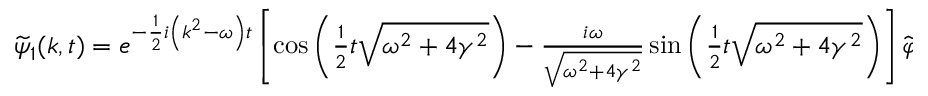
\begin{array} { r } { \widetilde { \psi } _ { 1 } ( k , t ) = e ^ { - \frac { 1 } { 2 } i \left( k ^ { 2 } - \omega \right) t } \left[ \cos \left( \frac { 1 } { 2 } t \sqrt { \omega ^ { 2 } + 4 \gamma ^ { 2 } } \right) - \frac { i \omega } { \sqrt { \omega ^ { 2 } + 4 \gamma ^ { 2 } } } \sin \left( \frac { 1 } { 2 } t \sqrt { \omega ^ { 2 } + 4 \gamma ^ { 2 } } \right) \right] \widetilde { \varphi } _ { 1 } ( k ) \; , } \end{array}